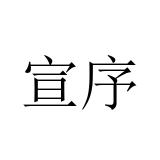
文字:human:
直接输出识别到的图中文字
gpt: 宣序